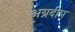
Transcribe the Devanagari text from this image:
अग्रदीप